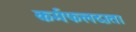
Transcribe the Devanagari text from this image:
कर्मफलदाता